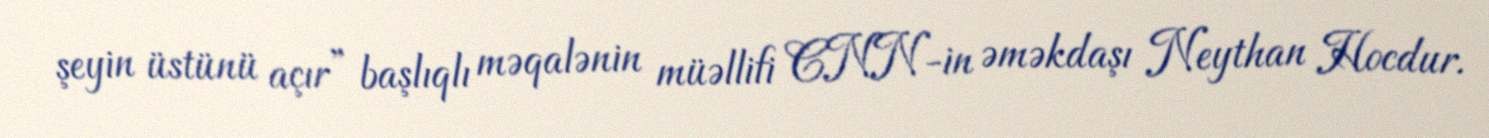
şeyin üstünü açır” başlıqlı məqalənin müəllifi CNN-in əməkdaşı Neythan Hocdur.